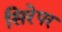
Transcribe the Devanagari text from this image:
सिरेपर